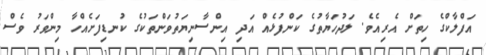
އަފްލާކްގެ ހިތަށް އެރިއެވެ. ލަދުހަޔާތުގެ ކަންފުޅެއް އަދި އިންސާނިޔަތުވަންތަކުގެ ކުނޑިފަށެއްހާ މިންވަރު ވެސް